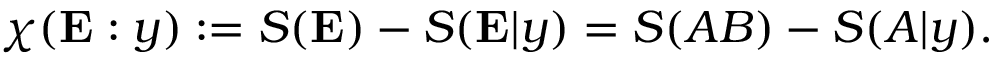
\chi ( \mathbf { E } : y ) : = S ( \mathbf { E } ) - S ( \mathbf { E } | y ) = S ( A B ) - S ( A | y ) .